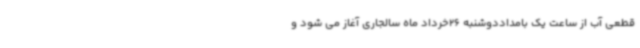
قطعی آب از ساعت یک بامداددوشنبه 26خرداد ماه سالجاری آغاز می شود و